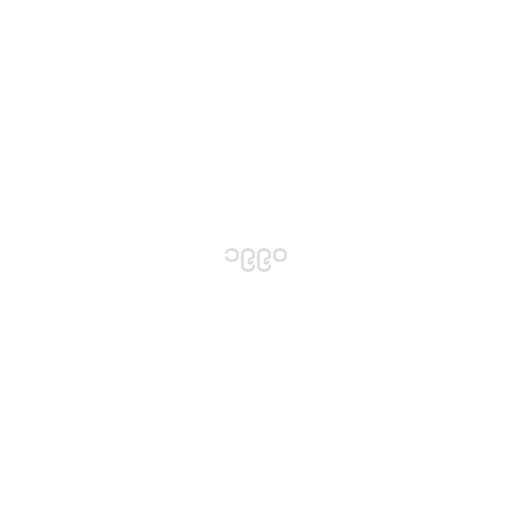
၁၉၉၀